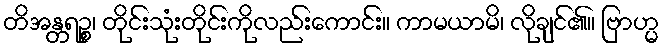
တိအန္တရဉ္စ၊ တိုင်းသုံးတိုင်းကိုလည်းကောင်း။ ကာမယာမိ၊ လိုချင်၏။ ဗြာဟ္မ